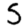
Digit: 5